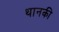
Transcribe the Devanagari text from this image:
थानकी